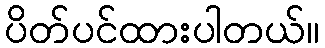
ပိတ်ပင်ထားပါတယ်။